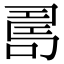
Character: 𠷎